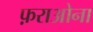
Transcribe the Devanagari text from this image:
फ़राओना